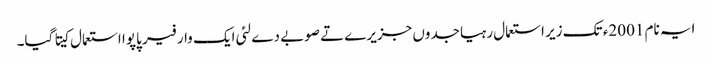
ایہ نام 2001ء تک زیر استعمال رہیا جدوں جزیرے تے صوبے دے لئی ایک وار فیر پاپوا استعمال کیتا گیا۔